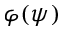
\varphi ( \psi )